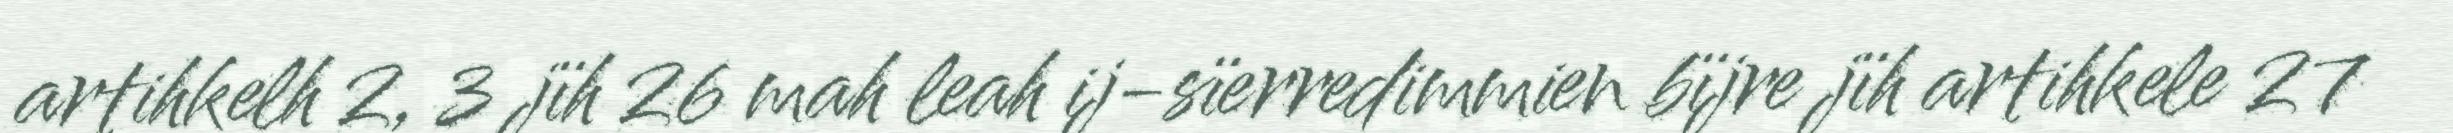
artihkelh 2, 3 jïh 26 mah leah ij-sïerredimmien bïjre jïh artihkele 27